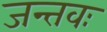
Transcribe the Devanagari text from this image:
जन्तवः